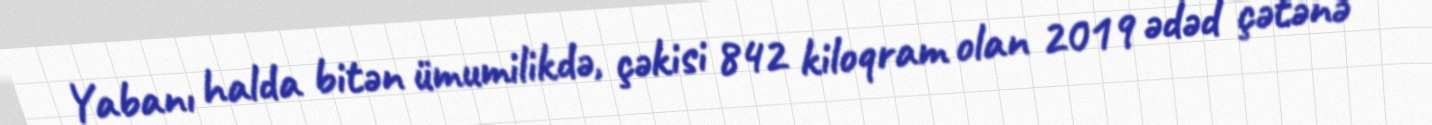
Yabanı halda bitən ümumilikdə, çəkisi 842 kiloqram olan 2019 ədəd çətənə